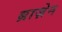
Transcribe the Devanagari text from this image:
ब्राज़ेन